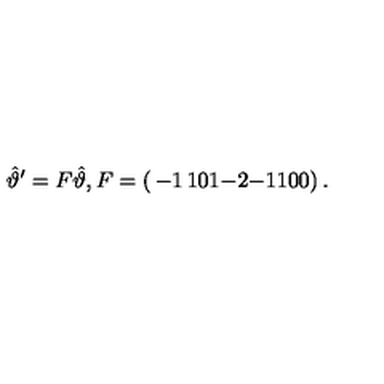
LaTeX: \hat { \vartheta } ^ { \prime } = F \hat { \vartheta } , F = \left( \begin{matrix} { - 1 } & { 1 } & { 0 } \\ { 1 } & { - 2 } & { - 1 } \\ { 1 } & { 0 } & { 0 } \\ \end{matrix} \right) .